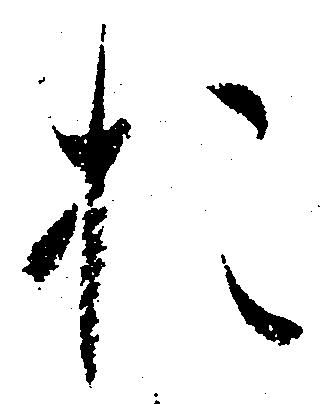
お